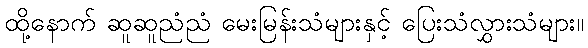
ထို့နောက် ဆူဆူညံညံ မေးမြန်းသံများနှင့် ပြေးသံလွှားသံများ။